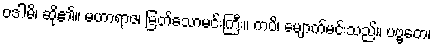
ဝဒါမိ၊ ဆို၏။ မဟာရာဇ၊ မြတ်သောမင်းကြီး။ ကပိ၊ မျောက်မင်းသည်။ ပဗ္ဗတေ၊